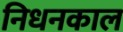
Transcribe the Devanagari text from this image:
निधनकाल